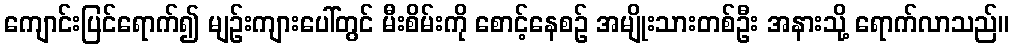
ကျောင်းပြင်ရောက်၍ မျဉ်းကျားပေါ်တွင် မီးစိမ်းကို စောင့်နေစဉ် အမျိုးသားတစ်ဦး အနားသို့ ရောက်လာသည်။